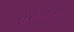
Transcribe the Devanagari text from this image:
गुरुआज्ञा